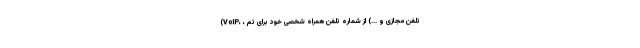
(VoIP،‌ ،‌ تلفن مجازی و ...) از شماره تلفن همراه شخصی خود برای تم